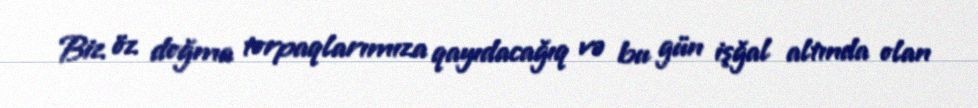
Biz öz doğma torpaqlarımıza qayıdacağıq və bu gün işğal altında olan